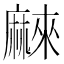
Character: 𱋰